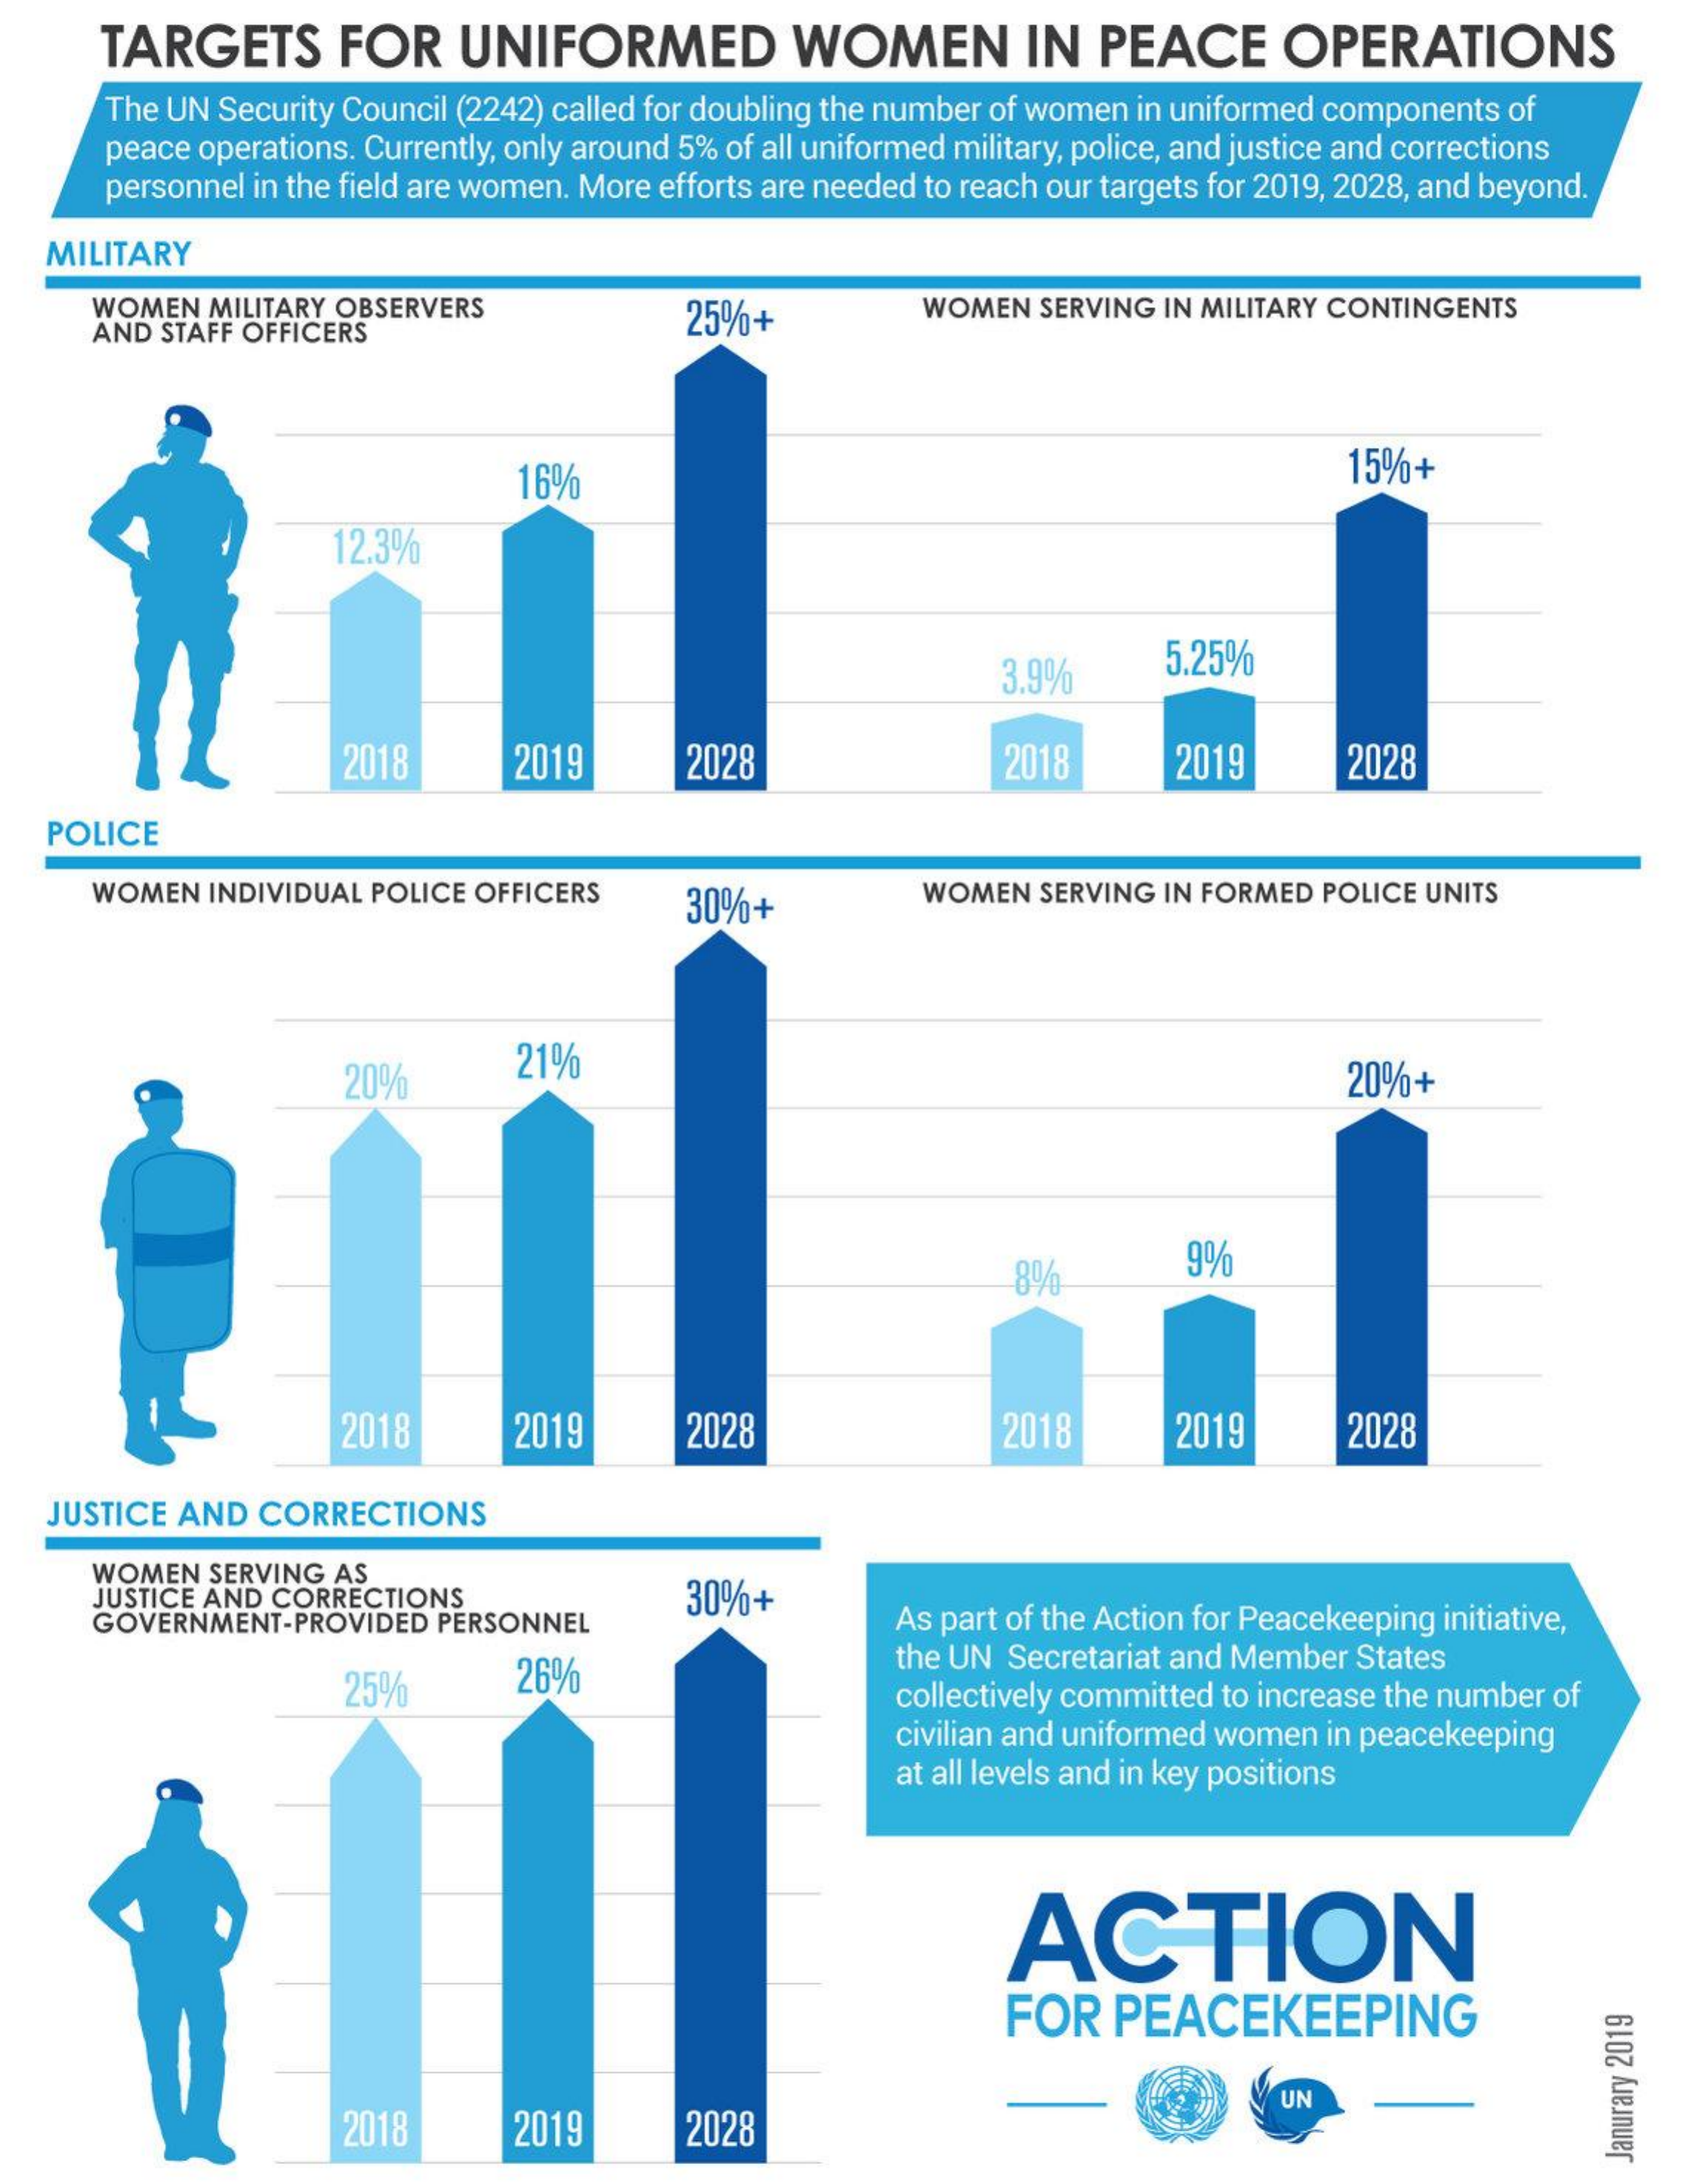
TARGETS    FOR    UNIFORMED    WOMEN    IN   PEACE    OPERATIONS
     The UN Security Council (2242) called for doubling the number of women in uniformed components of
     peace operations. Currently, only around 5% of all uniformed military, police, and justice and corrections
     personnel in the field are women. More efforts are needed to reach our targets for 2019, 2028, and beyond.
   MILITARY
     WOMEN  MILITARY OBSERVERS
     AND STAFF OFFICERS    25%+    WOMEN  SERVING IN MILITARY CONTINGENTS
     16%    15%+
     12.3%
     3.9%    5.25%
     2018    2019    2028    2018    2019    2028
    POLICE
     WOMEN  INDIVIDUAL POLICE OFFICERS    30%+    WOMEN  SERVING IN FORMED POLICE UNITS
     20%    21%    20%+
     8%    9%
     2018    2019    2028    2018    2019    2028
   JUSTICE AND  CORRECTIONS
     WOMEN   SERVING AS
     JUSTICE AND CORRECTIONS
     GOVERNMENT-PROVIDED   PERSONNEL
     30%+
     As part of the Action for Peacekeeping initiative,
     25%    26%
     the UN Secretariat and Member States
     collectively committed to increase the number of
     civilian and uniformed women in peacekeeping
     at all levels and in key positions
     ACTION
     FOR    PEACEKEEPING
     2018    2019    2028
     UN
     Janurary
     2019